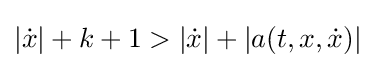
|{\dot {x}}|+k+1>|{\dot {x}}|+|a(t,x,{\dot {x}})|